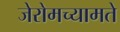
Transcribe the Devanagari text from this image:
जेरोमच्यामते